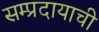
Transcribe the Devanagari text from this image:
सम्प्रदायाची